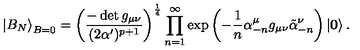
\left| B _ { N } \right\rangle _ { B = 0 } = \left( \frac { - \det g _ { \mu \nu } } { ( 2 \alpha ^ { \prime } ) ^ { p + 1 } } \right) ^ { \frac { 1 } { 4 } } \prod _ { n = 1 } ^ { \infty } \exp \left( - \frac { 1 } { n } \alpha _ { - n } ^ { \mu } g _ { \mu \nu } \tilde { \alpha } _ { - n } ^ { \nu } \right) \left| \mathbf { 0 } \right\rangle .